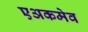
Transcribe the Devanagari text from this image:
एअकमेव